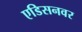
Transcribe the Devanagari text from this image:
एडिसनवर